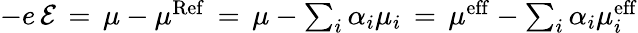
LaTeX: \begin{array}{r}{-e\, \mathcal{E}\, =\, \mu-\mu^{\mathrm{Ref}}\, =\, \mu-\sum_{i}\alpha_{i}\mu_{i}\, =\, \mu^{\mathrm{eff}}-\sum_{i}\alpha_{i}\mu_{i}^{\mathrm{eff}}}\end{array}